Indian journal of veterinary science and animal husbandry - Volumes 22-23, 1952-1953
Year: 1952
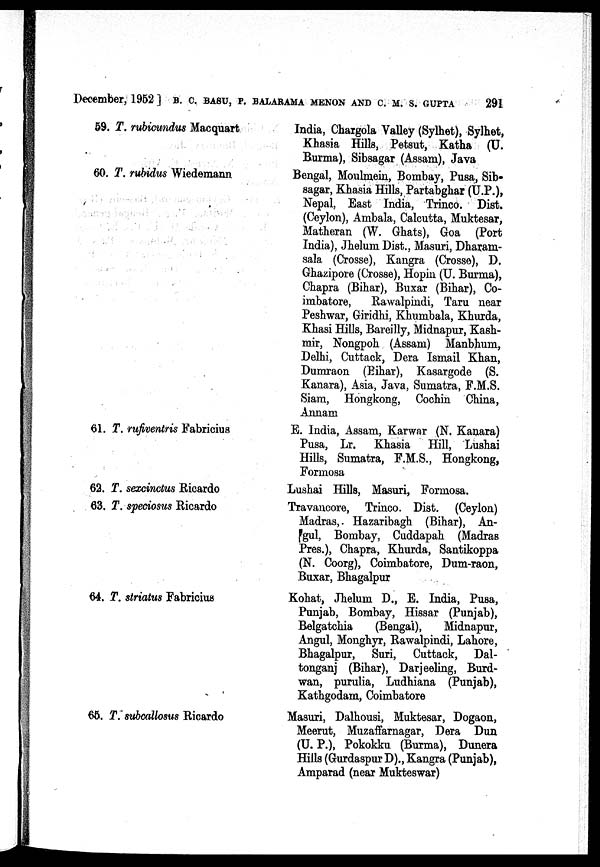
December, 1952] B. C. BASU, P. BALARAMA MENON AND C. M. S. GUPTA 291
59. T. rubicundus Macquart
60. T. rubidus Wiedemann
61. T. rufiventris Fabricius
62. T. sexcinctus Ricardo
63. T. speciosus Ricardo
64. T. striatus Fabricius
65. T. subcallosus Ricardo
India, Chargola Valley (Sylhet), Sylhet,
Khasia Hills, Petsut, Katha (U.
Burma), Sibsagar (Assam), Java
Bengal, Moulmein, Bombay, Pusa, Sib-
sagar, Khasia Hills, Partabghar (U.P.),
Nepal, East India, Trinco. Dist.
(Ceylon), Ambala, Calcutta, Muktesar,
Matheran (W. Ghats), Goa (Port
India), Jhelum Dist., Masuri, Dharam-
sala (Crosse), Kangra (Crosse), D.
Ghazipore (Crosse), Hopin (U. Burma),
Chapra (Bihar), Buxar (Bihar), Co-
imbatore,
Rawalpindi, Taru near
Peshwar, Giridhi, Khumbala, Khurda,
Khasi Hills, Bareilly, Midnapur, Kash-
mir, Nongpoh (Assam) Manbhum,
Delhi, Cuttack, Dera Ismail Khan,
Dumraon (Bihar), Kasargode (S.
Kanara), Asia, Java, Sumatra, F.M.S.
Siam, Hongkong, Cochin China,
Annam
E. India, Assam, Karwar (N. Kanara)
Pusa, Lr. Khasia Hill, Lushai
Hills, Sumatra, F.M.S., Hongkong,
Formosa
Lushai Hills, Masuri, Formosa.
Travancore, Trinco. Dist. (Ceylon)
Madras, Hazaribagh (Bihar), An-
gul, Bombay, Cuddapah (Madras
Pres.), Chapra, Khurda, Santikoppa
(N. Coorg), Coimbatore, Dum-raon,
Buxar, Bhagalpur
Kohat, Jhelum D., E. India, Pusa,
Punjab, Bombay, Hissar (Punjab),
Belgatchia
(Bengal),
Midnapur,
Angul, Monghyr, Rawalpindi, Lahore,
Bhagalpur, Suri, Cuttack, Dal-
tonganj (Bihar), Darjeeling, Burd-
wan, purulia, Ludhiana (Punjab),
Kathgodam, Coimbatore
Masuri, Dalhousi, Muktesar, Dogaon,
Meerut, Muzaffarnagar, Dera Dun
(U. P.), Pokokku (Burma), Dunera
Hills (Gurdaspur D)., Kangra (Punjab),
Amparad (near Mukteswar)